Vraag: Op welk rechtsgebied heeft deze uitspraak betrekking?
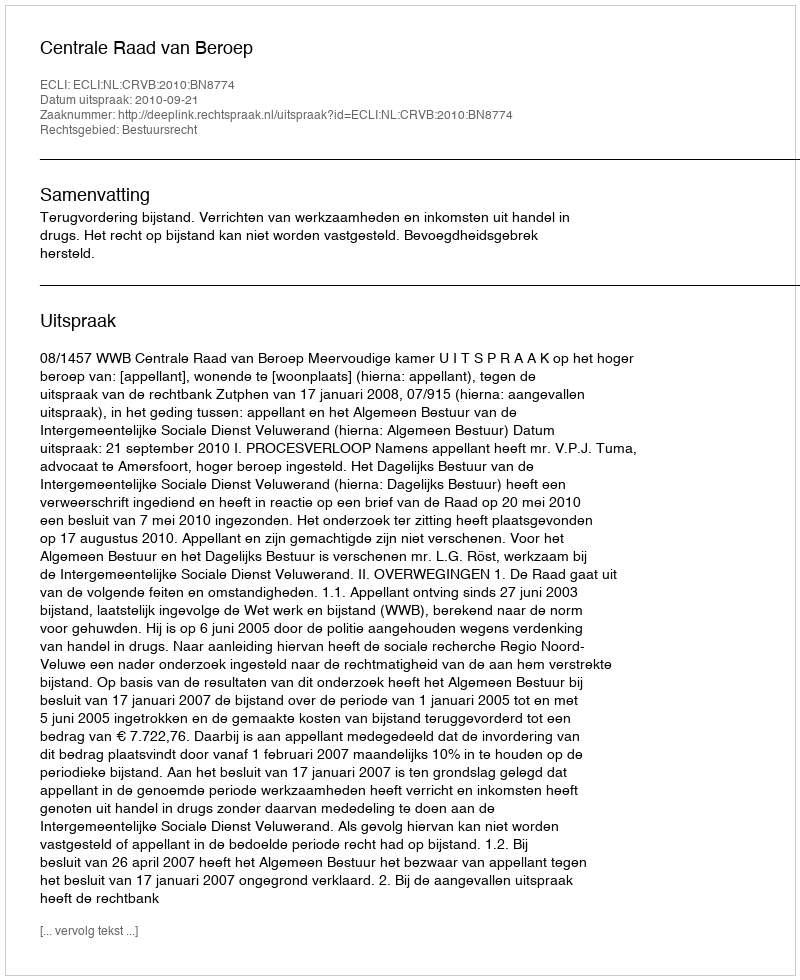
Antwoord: Bestuursrecht